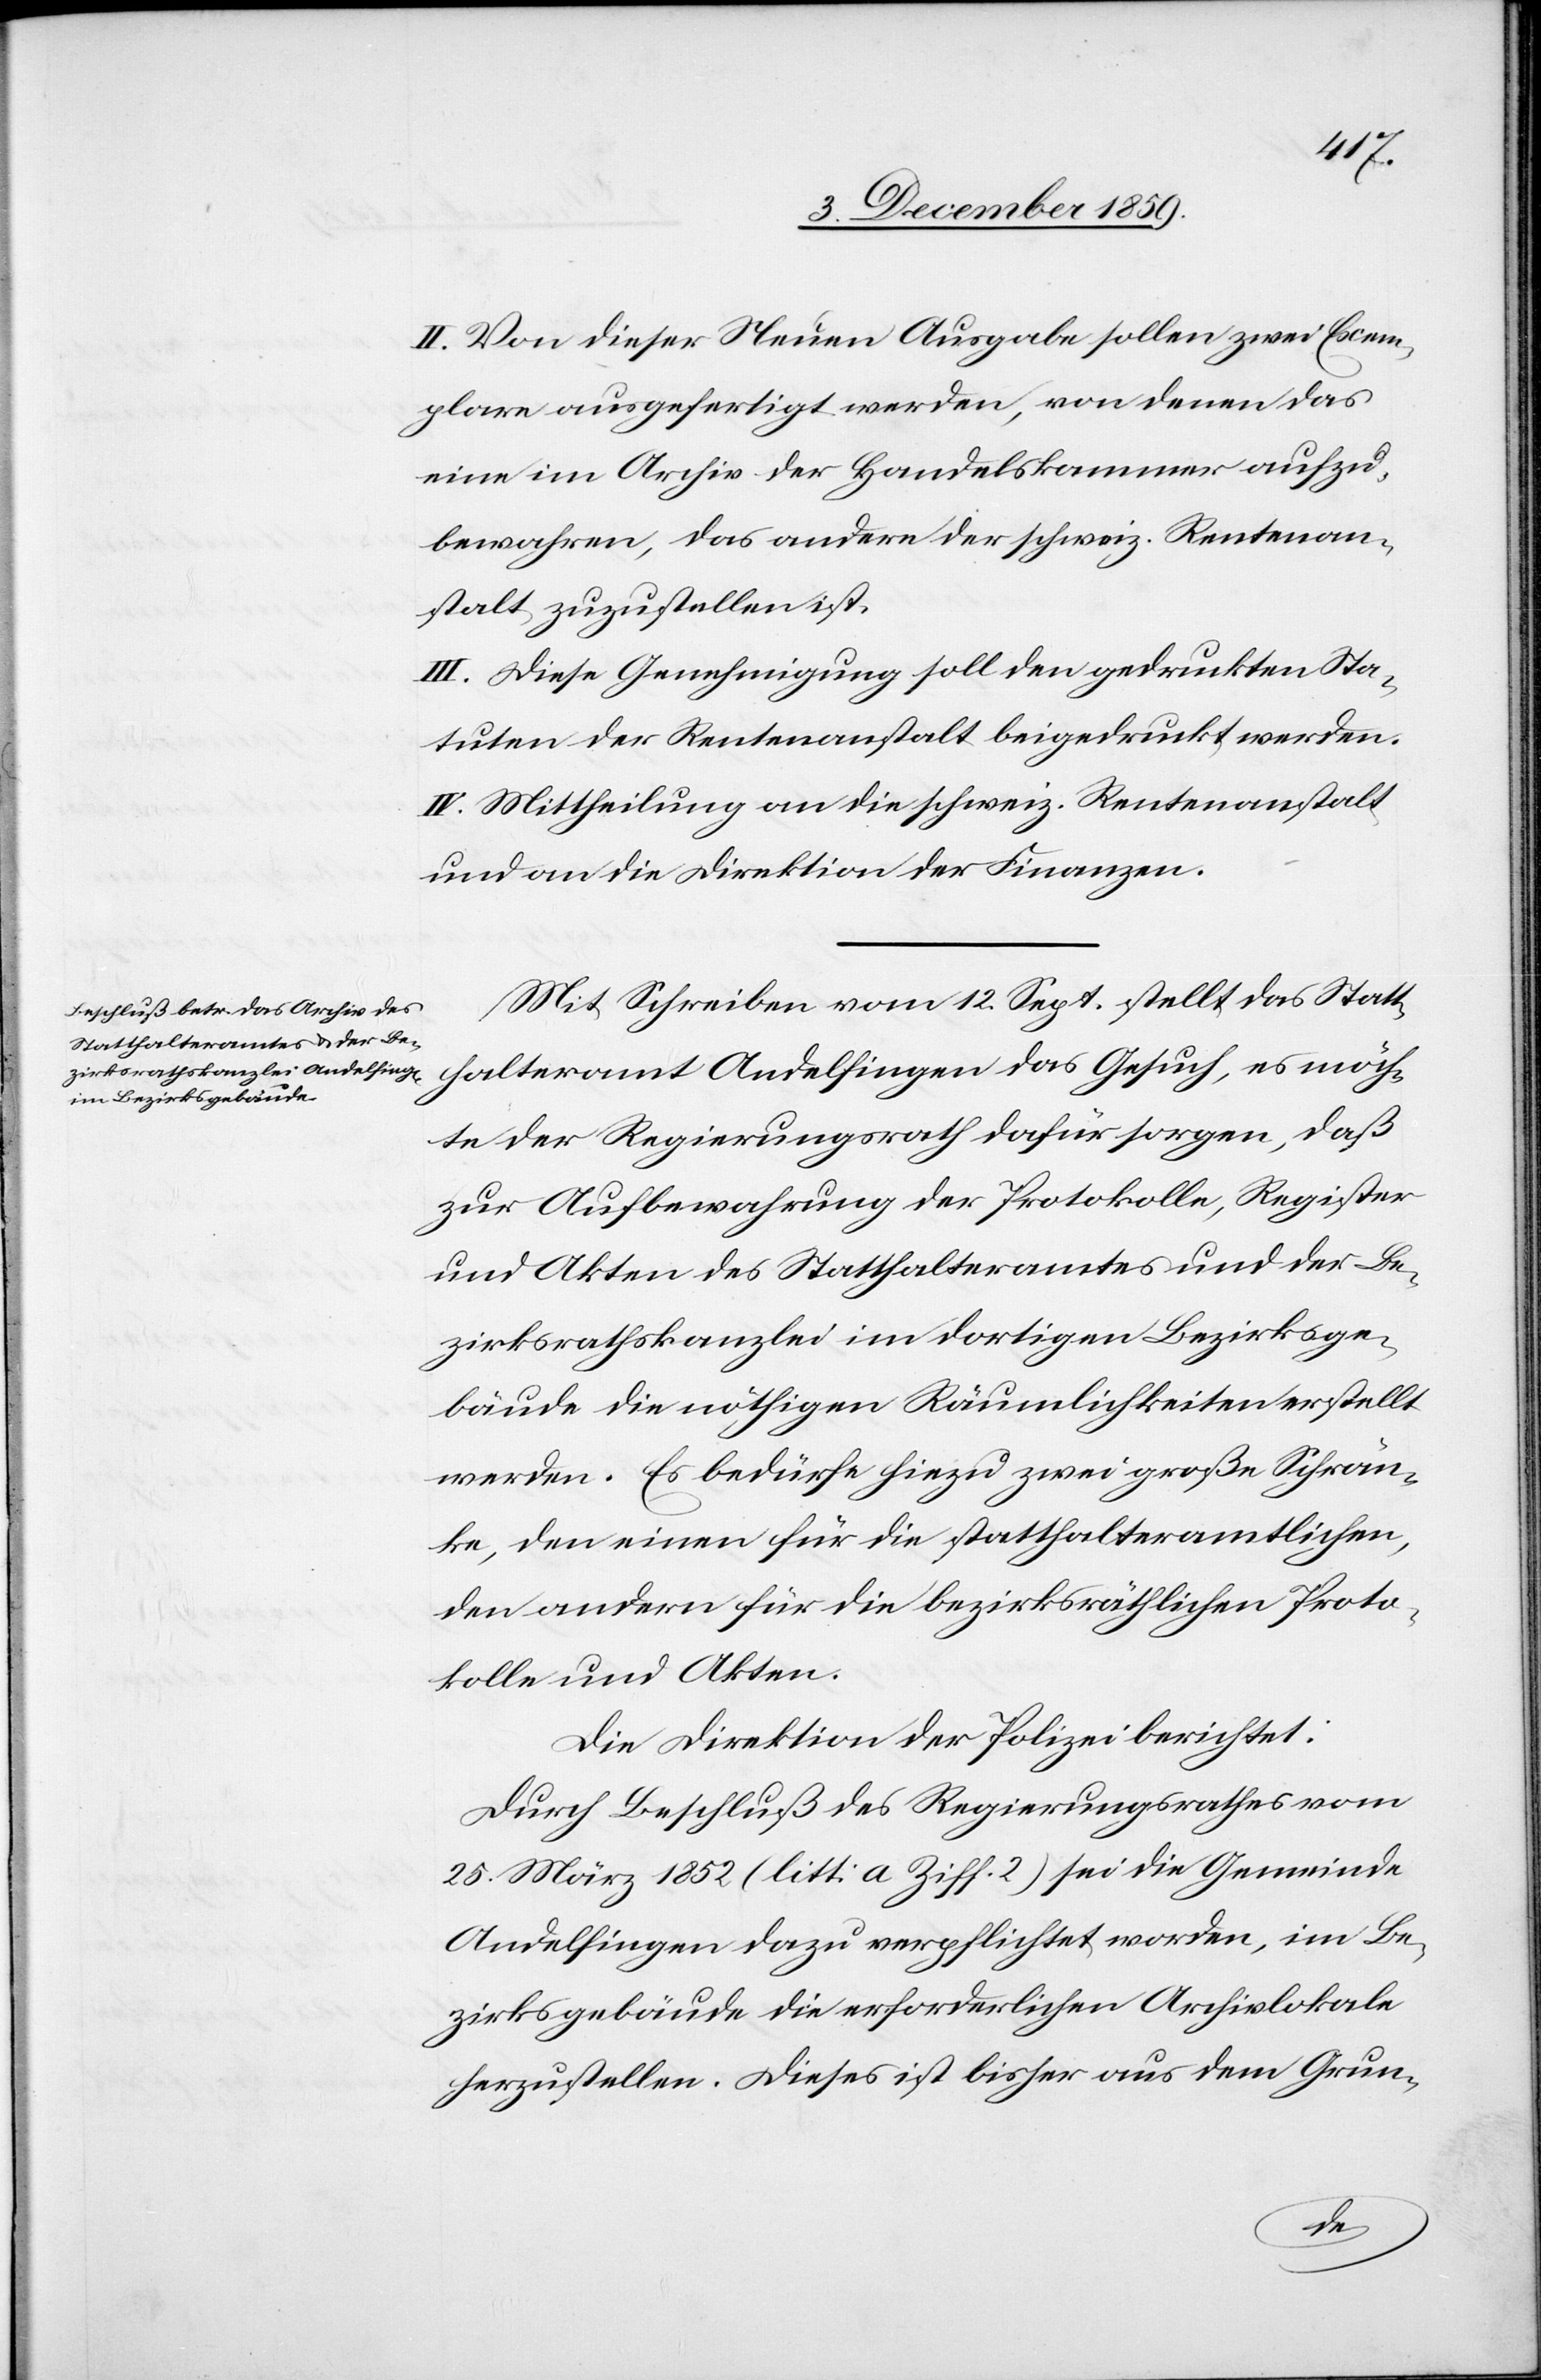
II. Von dieser Neuen Ausgabe sollen zwei Exem¬
plare ausgefertigt werden, von denen das
eine im Archiv der Handelskammer aufzu¬
bewahren, das andere der schweiz. Rentenan¬
stalt zuzustellen ist.
III. Diese Genehmigung soll den gedruckten Sta¬
tuten der Rentenanstalt beigedruckt werden.
IV. Mittheilung an die schweiz. Rentenanstalt
und an die Direktion der Finanzen.
Mit Schreiben vom 12. Sept. stellt das Statt¬
halteramt Andelfingen das Gesuch, es möch¬
te der Regierungsrath dafür sorgen, daß
zur Aufbewahrung der Protokolle, Register
und Akten des Statthalteramtes und der Be¬
zirksrathskanzlei im dortigen Bezirksge¬
bäude die nöthigen Räumlichkeiten erstellt
werden. Es bedürfe hiezu zwei große Schrän¬
ke, den einen für die Statthalteramtlichen,
den andern für die bezirksräthlichen Proto¬
kolle und Akten.
Die Direktion der Polizei berichtet:
Durch Beschluß des Regierungsrathes vom
25. März 1852 (litt: a Ziff. 2) sei die Gemeinde
Andelfingen dazu verpflichtet worden, im Be¬
zirksgebäude die erforderlichen Archivlokale
herzustellen. Dieses ist bisher aus dem Grun-